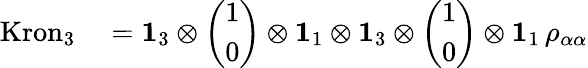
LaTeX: \begin{array}{rl}{\mathrm{Kron}_{3}}&{{}=\mathbf{1}_{3}\otimes\left(\begin{array}{l}{1}\\ {0}\end{array}\right)\otimes\mathbf{1}_{1}\otimes\mathbf{1}_{3}\otimes\left(\begin{array}{l}{1}\\ {0}\end{array}\right)\otimes\mathbf{1}_{1}\, \rho_{\alpha\alpha}}\end{array}